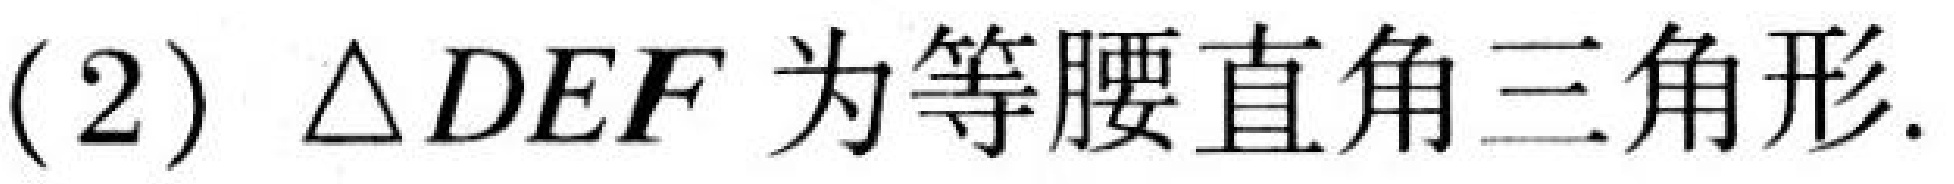
(2)\(\triangle DEF\)为等腰直角三角形.